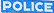
POLICE